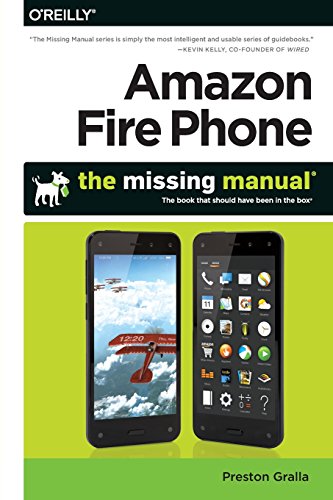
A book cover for Amazon Fire Phone: The Missing Manual; Preston Gralla; Computers & Technology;